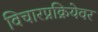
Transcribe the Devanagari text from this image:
विचारप्रक्रियेवर